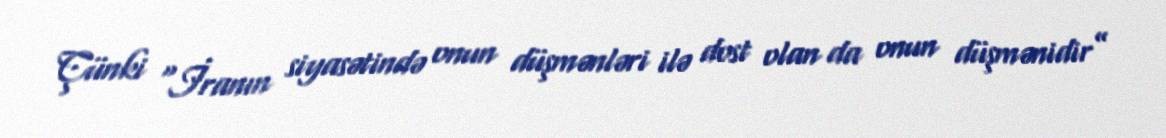
Çünki “İranın siyasətində onun düşmənləri ilə dost olan da onun düşmənidir”